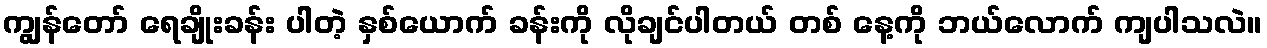
ကျွန်တော် ရေချိုးခန်း ပါတဲ့ နှစ်ယောက် ခန်းကို လိုချင်ပါတယ် တစ် နေ့ကို ဘယ်လောက် ကျပါသလဲ။